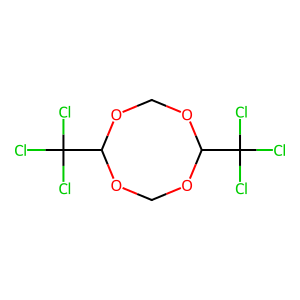
SMILES: ClC(Cl)(Cl)C1OCOC(C(Cl)(Cl)Cl)OCO1
Inhibits HIV replication: No